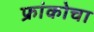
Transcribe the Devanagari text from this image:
फ्रांकोचा